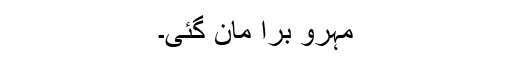
مہرو برا مان گئی۔